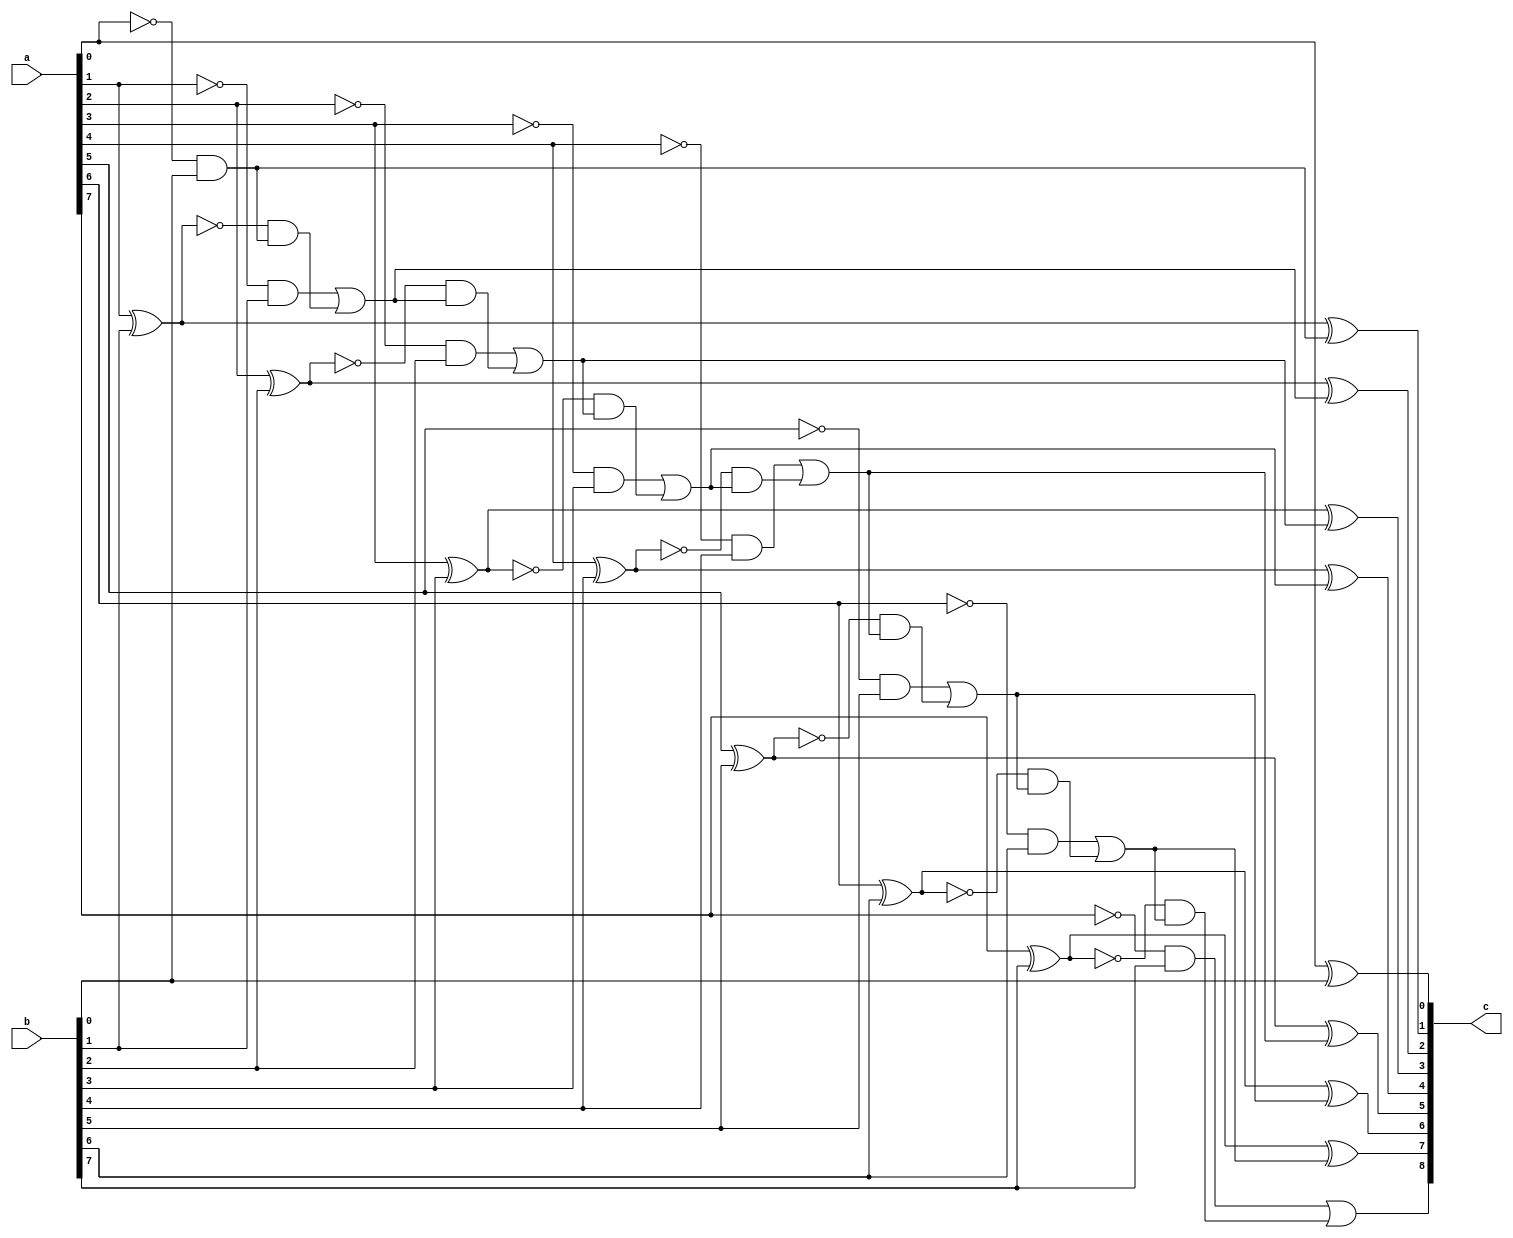
`ifndef R_POS_SUB_
`define R_POS_SUB_

// subtraction of two positive integers with 2s complement
//
// Parameters: 
//  N_BITS_L: number of bits for the left input
//  N_BITS_R: number of bits for the right input
//  N_BITS:   number of bits for the output (replaced by N_BITS_L+1 if 0)
// 
// Constraint:
//  Need N_BITS_R <= N_BITS_L
// 
// Arguments:
//  a: left input (size N_BITS_L)
//  b: right input (size N_BITS_R)
//  c: output (size N_BITS_L+1)
module pos_sub (a, b, c);
    
    parameter N_BITS_L = 8, // number of bits for the left input
              N_BITS_R = 8, // number of bits for the right input
              N_BITS = 0;   // Number of bits for the output; set to N_BITS_L+1 if 0

    localparam N_BITS_RESULT = (N_BITS == 0) ? N_BITS_L+1 : N_BITS;

    // Some bits of a and b may not be used if N_BITS is set
    /* verilator lint_off unused */
    input [N_BITS_L-1:0] a; // left input
    input [N_BITS_R-1:0] b; // right input
    /* verilator lint_off unused */
    output [N_BITS_RESULT-1:0] c;  // output
    
    genvar i;
    generate 

        // arrays for intermediate calculations
        wire b_and_not_a [N_BITS_R:1],
             dif [N_BITS_R:1];
       
        // define the carry wires
        for (i = 0; i < N_BITS_RESULT; i = i+1) begin : loop_1
            wire carry;
        end

        for (i = 0; i < N_BITS_RESULT; i = i+1) begin
            
            // compute the lowest bit and carry
            if (i == 0) begin
                xor (c[i], a[i], b[i]);
                and (loop_1[i].carry, ~a[i], b[i]);
            end
            
            // compute the N_BITS_R-1 next bits and carries
            else if ((i < N_BITS_R) && (i+1 < N_BITS_RESULT)) begin 
                wire dif_and_carry;
                xor (dif[i], a[i], b[i]);                      
                and (b_and_not_a[i], ~a[i], b[i]);               
                and (dif_and_carry, ~dif[i], loop_1[i-1].carry);
                xor (c[i], dif[i], loop_1[i-1].carry);  
                or (loop_1[i].carry, b_and_not_a[i], dif_and_carry);
            end
            
            // compute the N_BITS_RESULT-N_BITS_R next bits
            else if ((i < N_BITS_RESULT) && (i < N_BITS_L)) begin
                xor (c[i], a[i], loop_1[i-1].carry);
                and (loop_1[i].carry, ~a[i], loop_1[i-1].carry);
            end
            
            // set the highest bit of the result to the highest carry
            else 
                assign c[i] = loop_1[i-1].carry;
        end
    endgenerate

endmodule

`endif